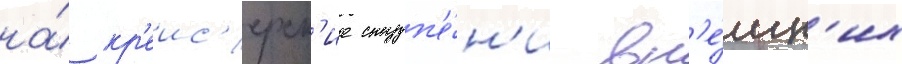
на́ кр'еис'ерск'ие ступ'е́н'и вн'е́шн'их